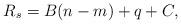
LaTeX: \begin{align*}R_s = B(n-m)+ q + C, \end{align*}